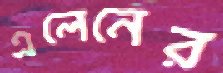
এলেনের